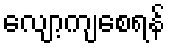
လျော့ကျစေရန်